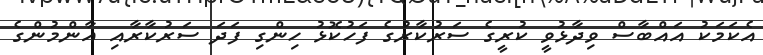
އެކަމަކު އައްބާސް ވިދާޅުވީ ކުރީގެ ސަރުކާރުގެ ފަހުކޮޅު ހިންގި ފަދަ ސަރުކާރާއި އާންމުންގެ